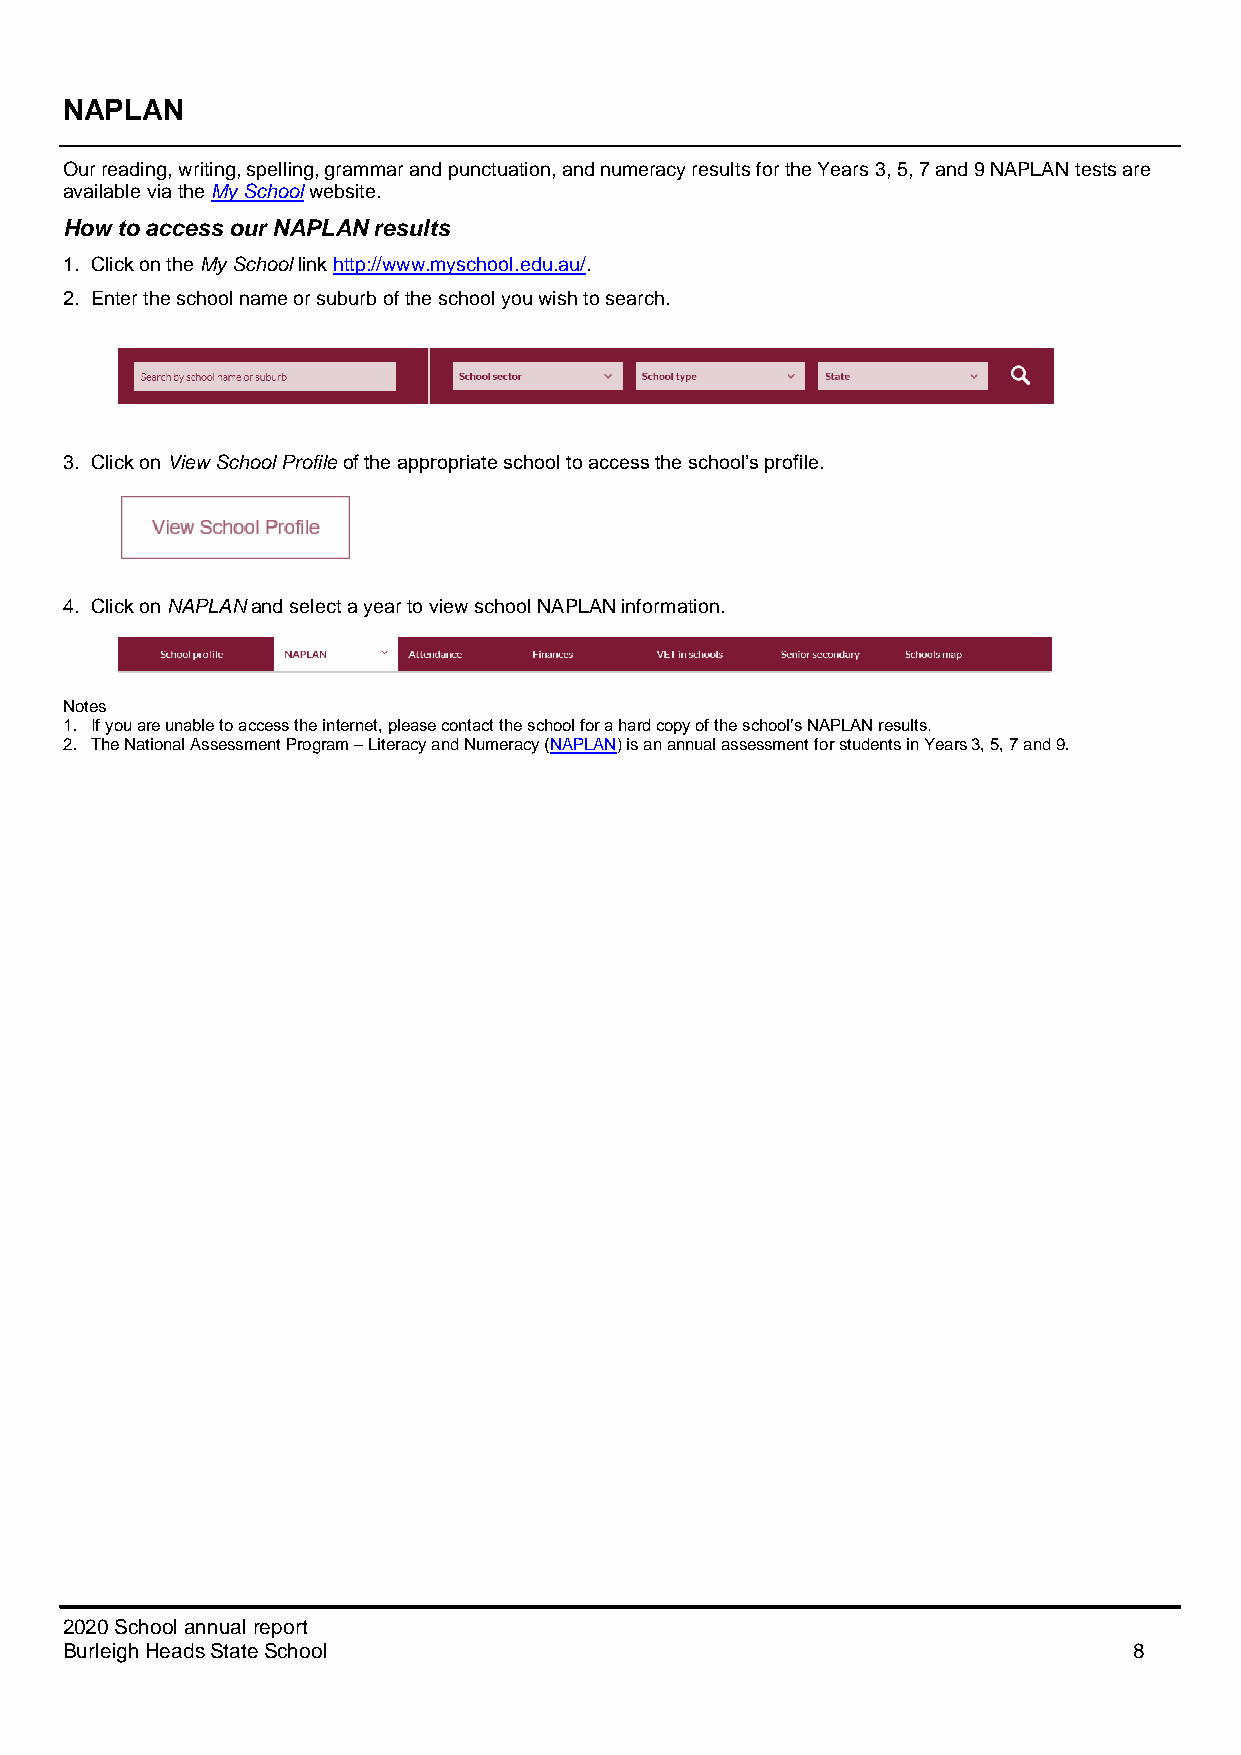
NAPLAN
 Our reading, writing, spelling, grammar and punctuation, and numeracy results for the Years 3, 5, 7 and 9 NAPLAN tests are
 available via the My School website.
 How to access our NAPLAN results
 1. Click on the My School link http://www.myschool.edu.au/.
 2. Enter the school name or suburb of the school you wish to search.
 3. Click on View School Profile of the appropriate school to access the school’s profile.
 4. Click on NAPLAN and select a year to view school NAPLAN information.
 Notes
 1. If you are unable to access the internet, please contact the school for a hard copy of the school’s NAPLAN results.
 2. The National Assessment Program – Literacy and Numeracy (NAPLAN) is an annual assessment for students in Years 3, 5, 7 and 9.
 2020 School annual report
 Burleigh Heads State School                                            8